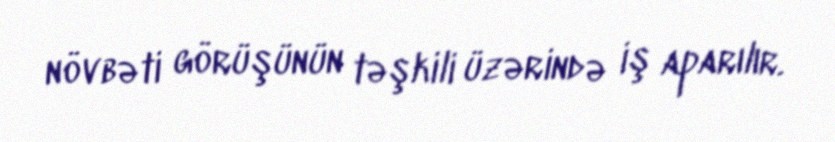
növbəti görüşünün təşkili üzərində iş aparılır.